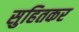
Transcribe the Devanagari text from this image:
सुहितकर